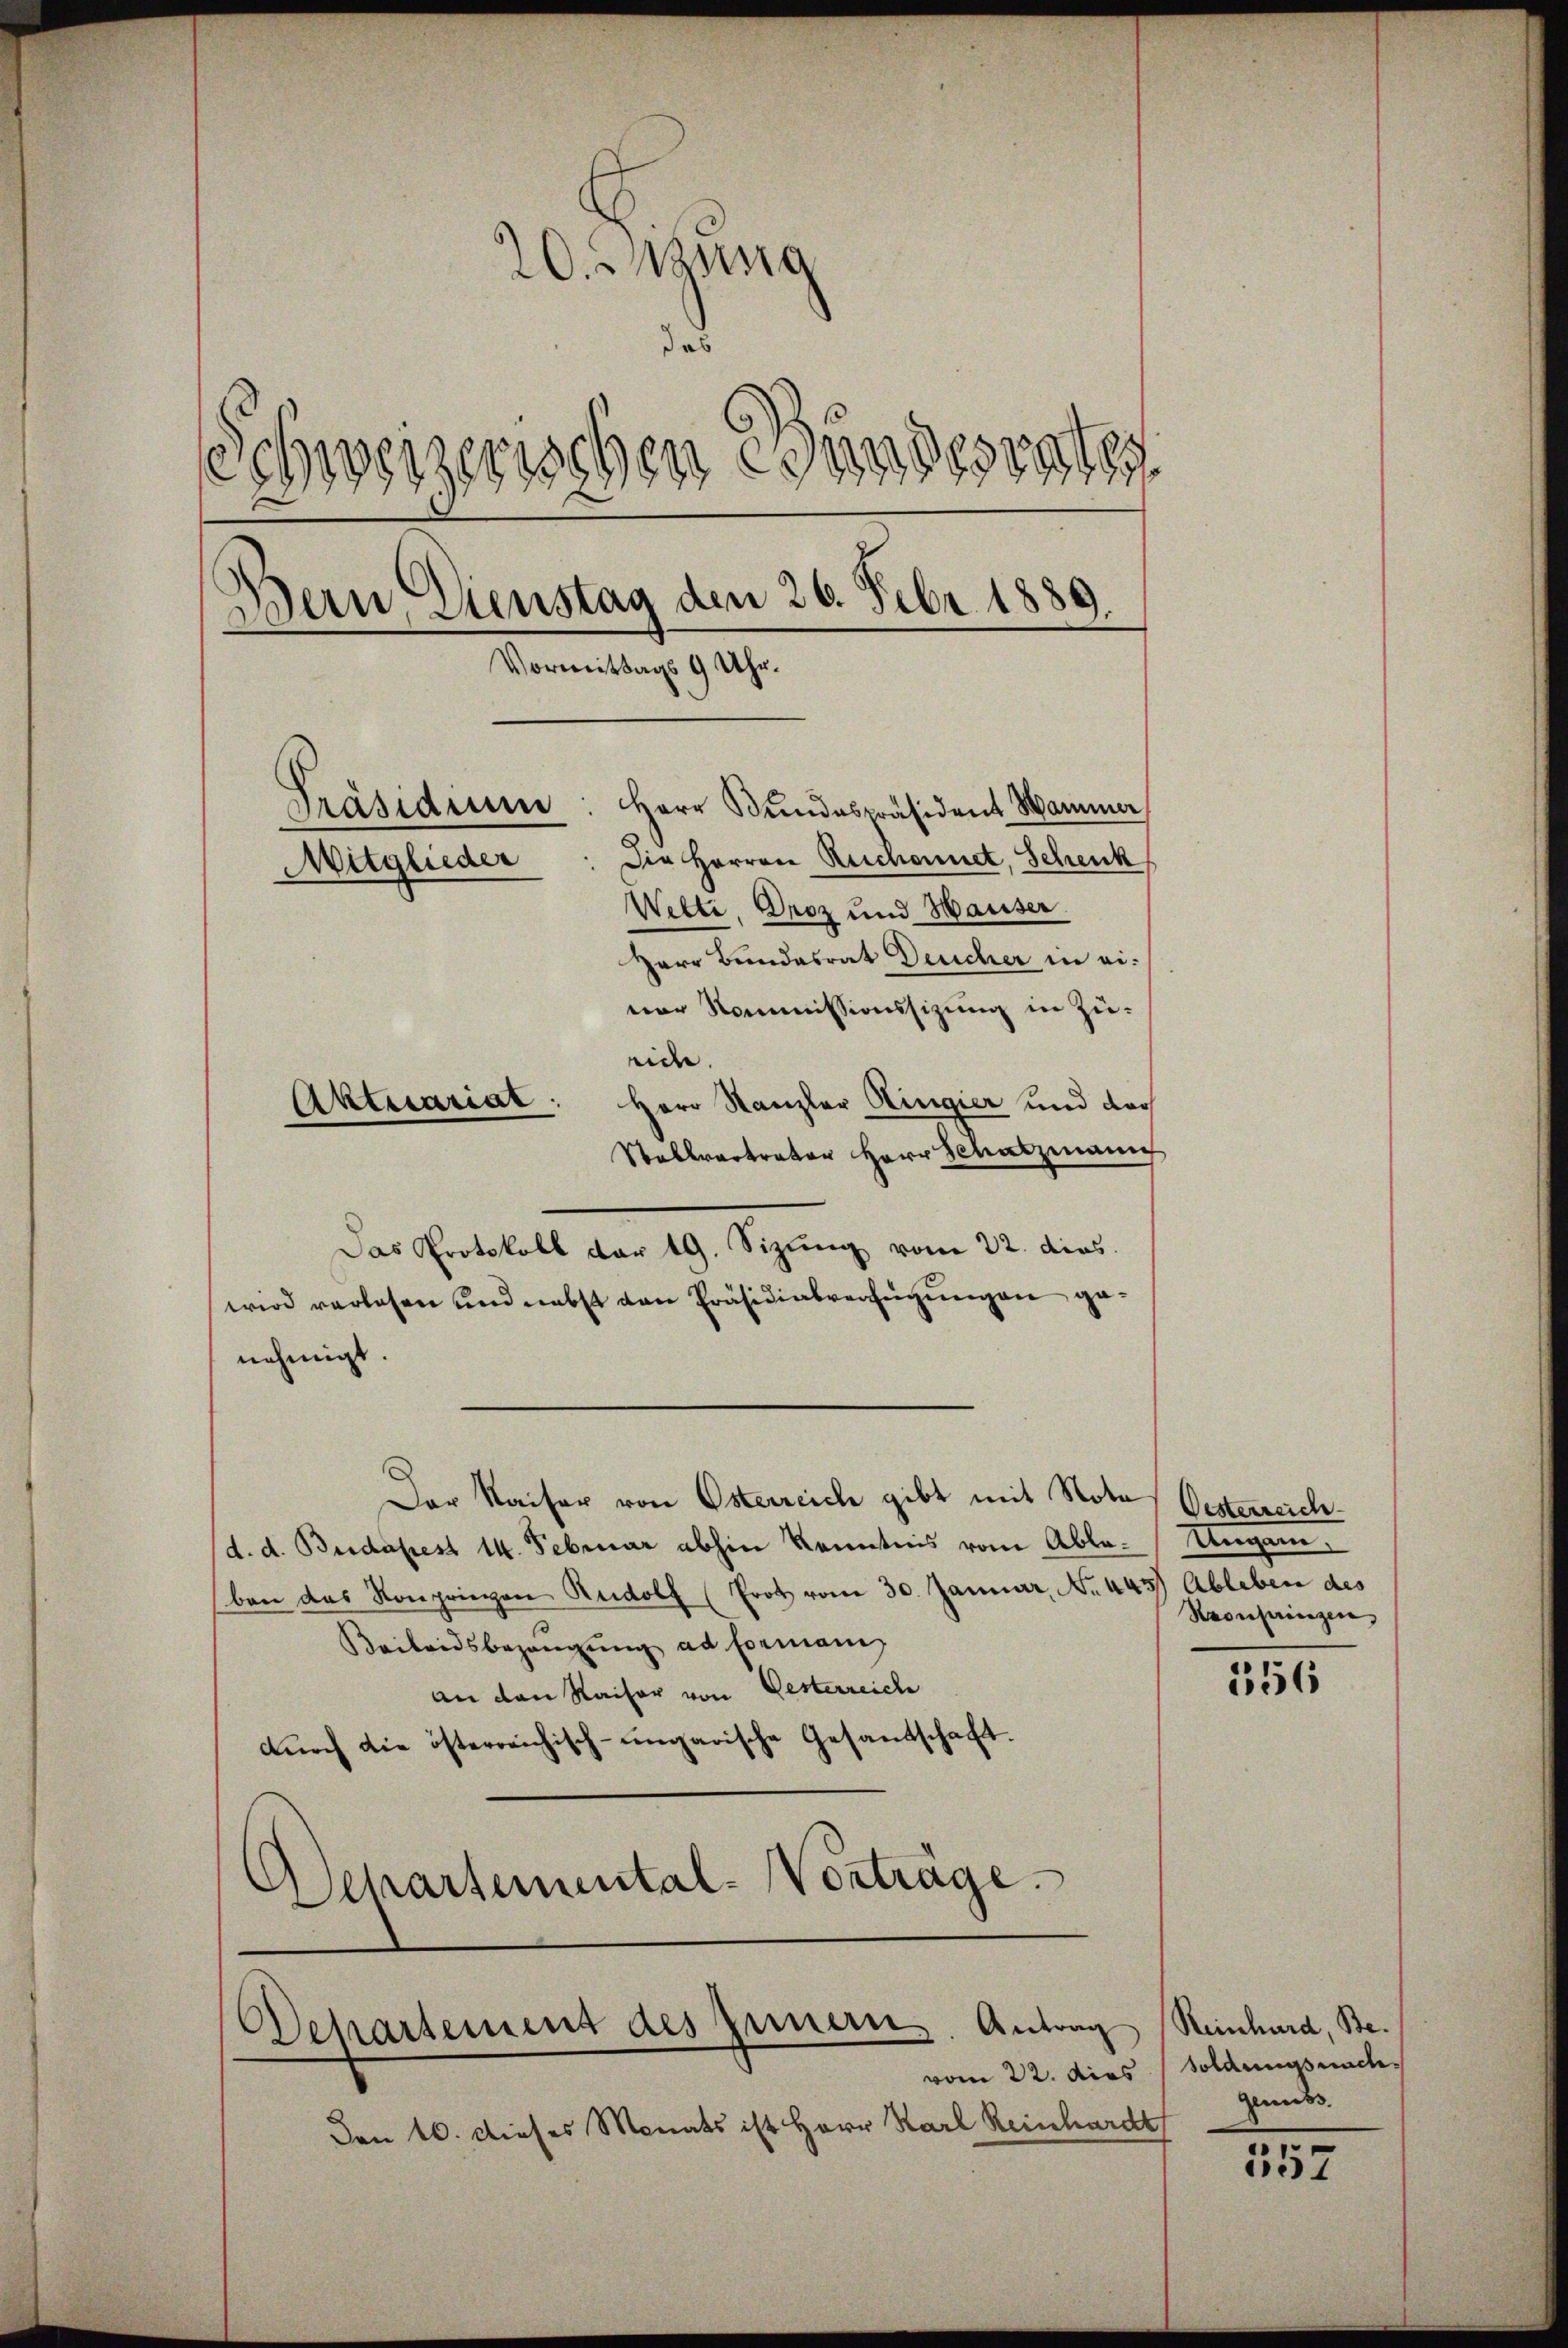
20. Jung
das
Schweizerischen Bundesraten
Bern Einstag den 26. Febr. 1889.
Vormittags 9 Uhr.
Präsidium: Herr Bŭndespräsident Marmer
Mitglieder: die Herren Reichennet, Schenk
Wette, Droz und Hauser.
Herr Bundesrat Deucher in einer Kommissionssizung in Züeide.
Aktuariat: Herr Kanzler Ringier und doch

Stallvertrator Herr Schatzmann
Das Protokoll dar 19. Sizung vom 22. dies
wird verlesen und nebst von Präsidialverfügungen genehmigt.
Der Kaiser von Osterreich gibt mit Nota
d. d. Budapest 14. Februar abhin Kenntnis vom Ablaben das Konpringen Rudolf (Frot vom 30. Januar, No. 445 Ableben des
Beibridsbezaŭgŭng ad formanig
an den Kaiser von Gesterreich
dŭrch die österreichisch-ungarische Gesandschaft.
Schartemental-Vorträge.

Den 16. dieses Monats ist Herr Karl Reinhardt

Departement des Innern. Antrag

Oesterreich
Ungarn.
Reonhainzen,

556

Reinhard, Bevom 22. dies soldungsnach
Genuss.

157